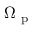
\Omega _ { \mathrm { ~ p ~ } }